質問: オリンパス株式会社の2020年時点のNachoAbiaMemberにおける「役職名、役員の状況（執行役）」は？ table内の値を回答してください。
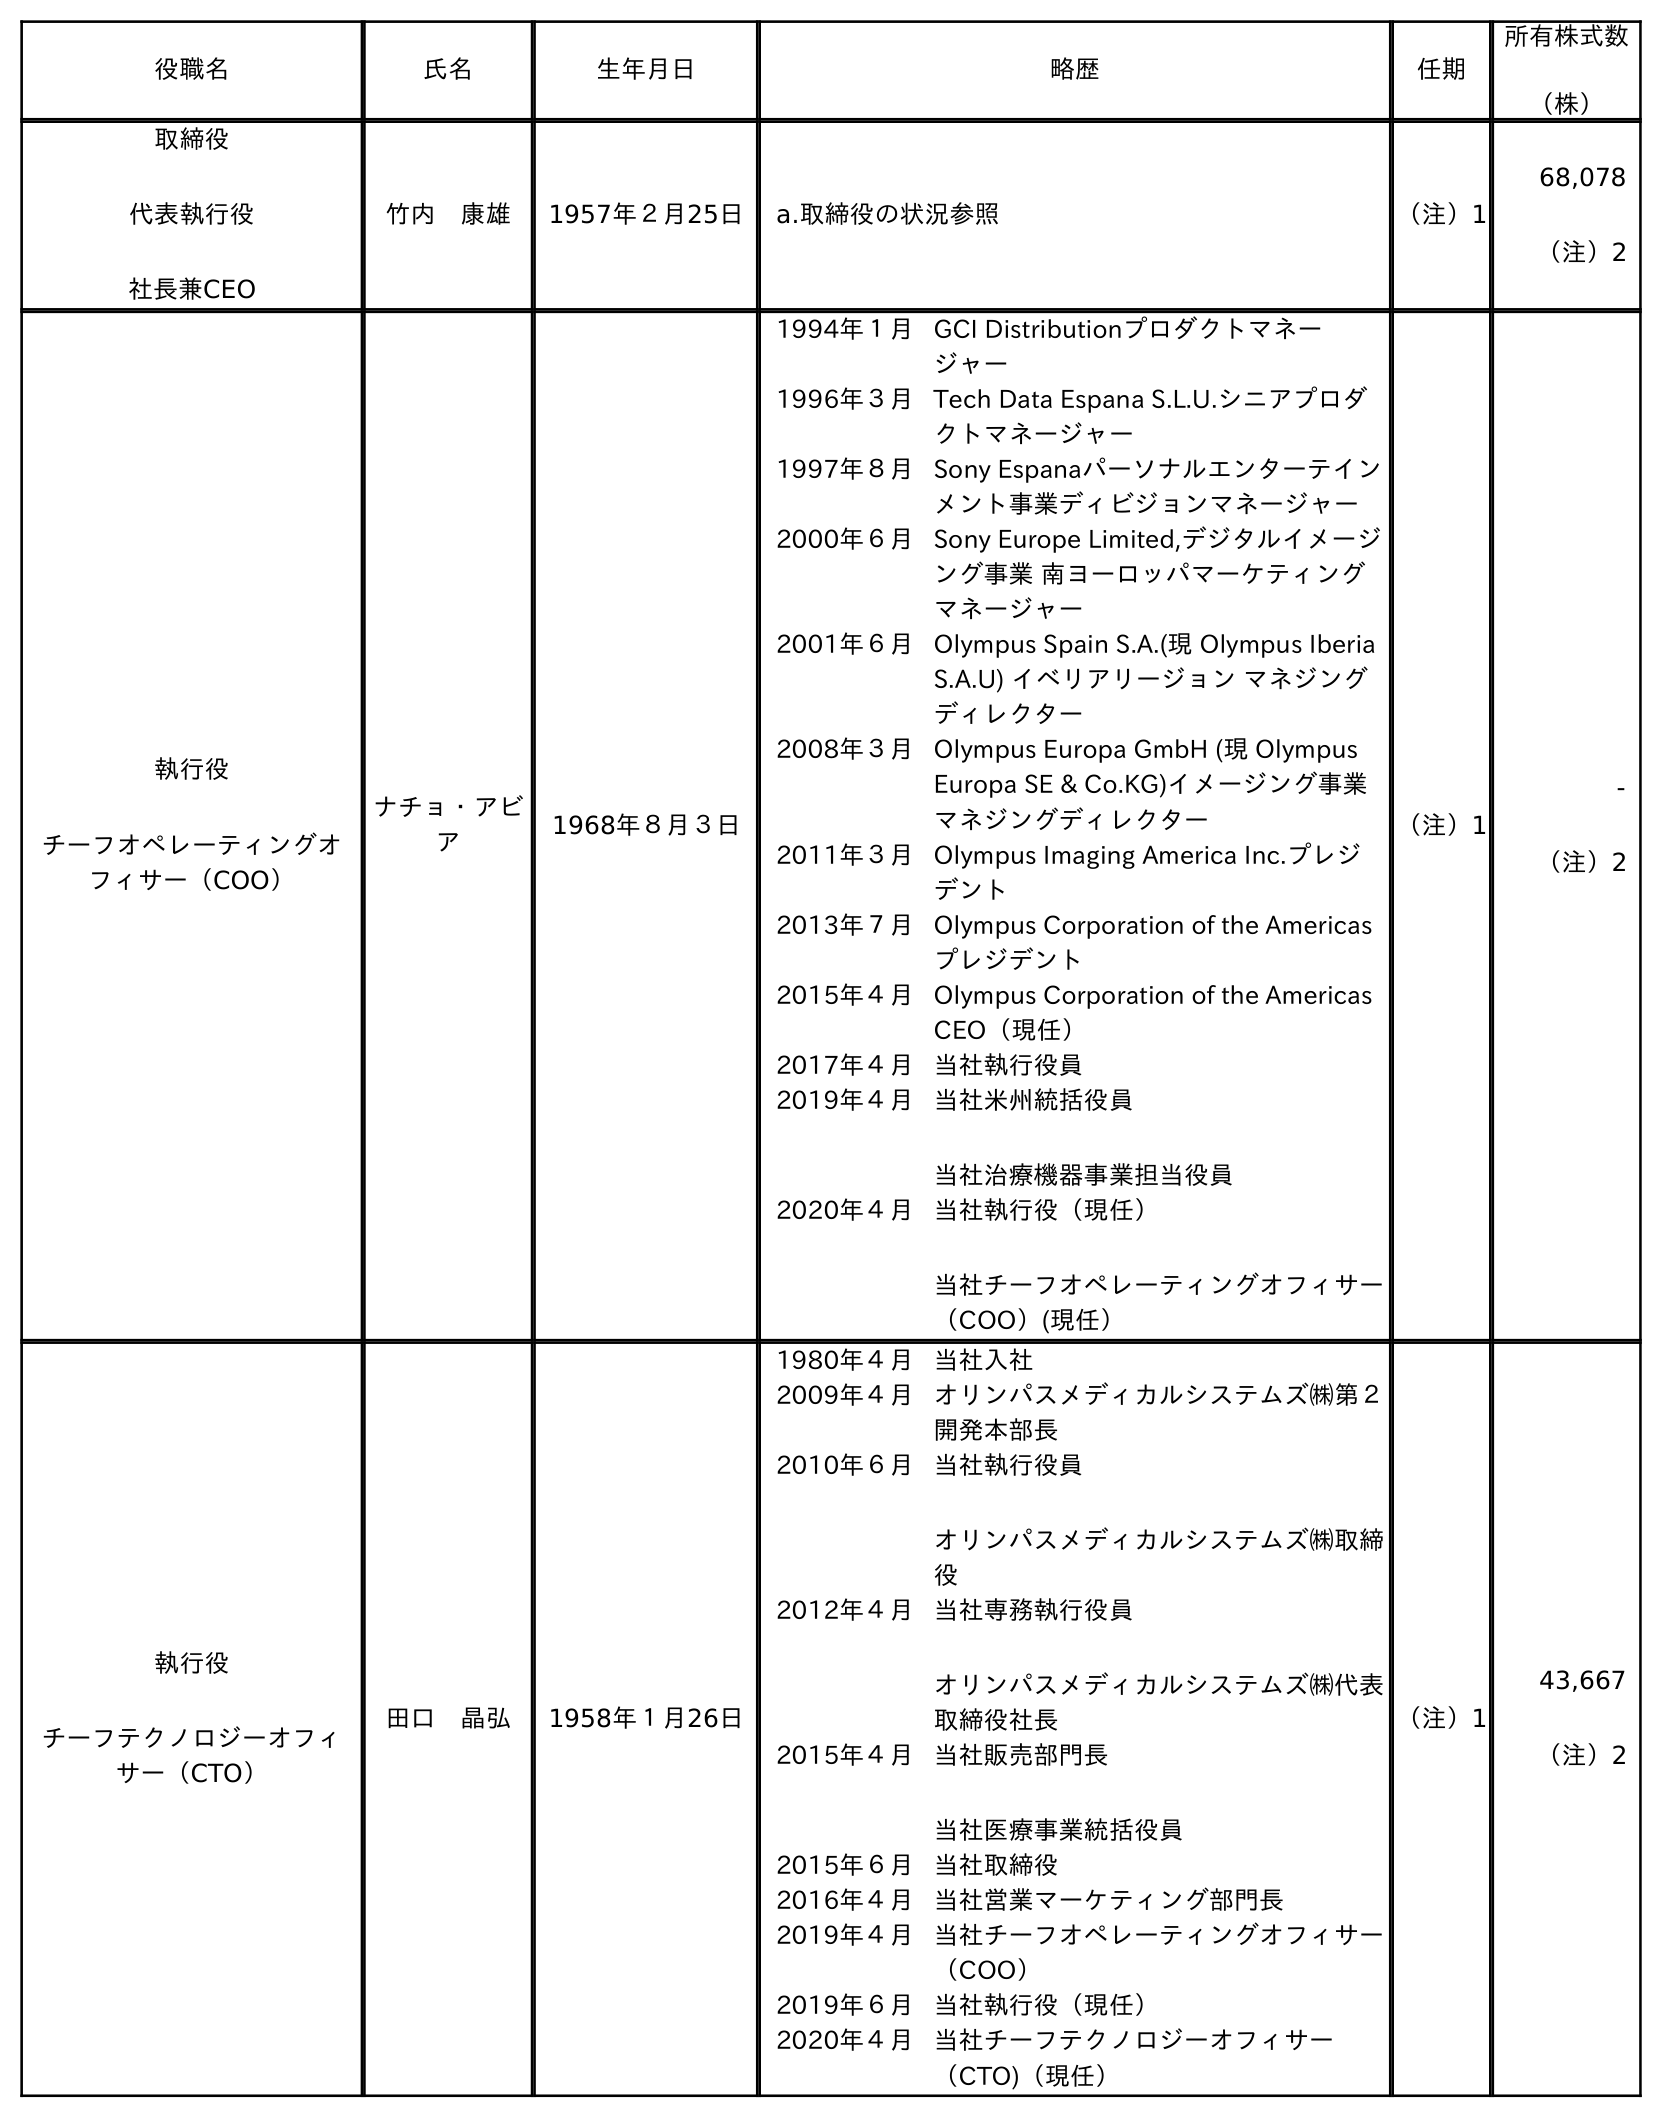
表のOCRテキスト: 役職名 氏名 生年月日 略歴 任期 所有株式数 （株） 取締役 代表執行役 社長兼CEO 竹内 康雄 1957年２月25日 a.取締役の状況参照 （注）1 68,078 （注）2 執行役 チーフオペレーティングオ フィサー（COO） ナチョ・アビ ア 1968年８月３日 1994年１月GCI Distributionプロダクトマネー ジャー 1996年３月Tech Data Espana S.L.U.シニアプロダ クトマネージャー 1997年８月Sony Espanaパーソナルエンターテイン メント事業ディビジョンマネージャー 2000年６月Sony Europe Limited,デジタルイメージ ング事業 南ヨーロッパマーケティング マネージャー 2001年６月Olympus Spain S.A.(現 Olympus Iberia S.A.U) イベリアリージョン マネジング ディレクター 2008年３月Olympus Europa GmbH (現 Olympus Europa SE & Co.KG)イメージング事業 マネジングディレクター 2011年３月Olympus Imaging America Inc.プレジ デント 2013年７月Olympus Corporation of the Americas プレジデント 2015年４月Olympus Corporation of the Americas CEO（現任） 2017年４月当社執行役員 2019年４月当社米州統括役員 当社治療機器事業担当役員 2020年４月当社執行役（現任） 当社チーフオペレーティングオフィサー （COO）(現任） （注）1 - （注）2 執行役 チーフテクノロジーオフィ サー（CTO） 田口 晶弘 1958年１月26日 1980年４月当社入社 2009年４月オリンパスメディカルシステムズ㈱第２ 開発本部長 2010年６月当社執行役員 オリンパスメディカルシステムズ㈱取締 役 2012年４月当社専務執行役員 オリンパスメディカルシステムズ㈱代表 取締役社長 2015年４月当社販売部門長 当社医療事業統括役員 2015年６月当社取締役 2016年４月当社営業マーケティング部門長 2019年４月当社チーフオペレーティングオフィサー （COO） 2019年６月当社執行役（現任） 2020年４月当社チーフテクノロジーオフィサー （CTO)（現任） （注）1 43,667 （注）2
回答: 執行役チーフオペレーティングオフィサー（COO）